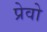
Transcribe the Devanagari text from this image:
प्रेवो